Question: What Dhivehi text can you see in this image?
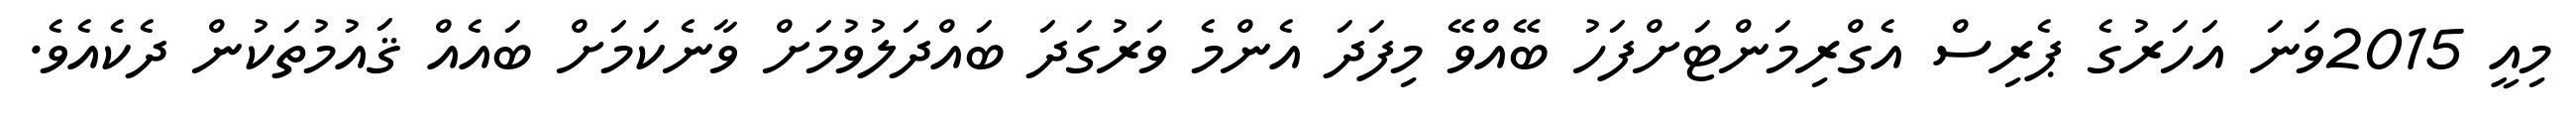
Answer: މިއީ 2015ވަނަ އަހަރުގެ ޕެރިސް އެގްރިމަންޓަށްފަހު ބޭއްވޭ މިފަދަ އެންމެ ވަރުގަދަ ބައްދަލުވުމަށް ވާނެކަމަށް ބައެއް ޤައުމުތަކުން ދެކެއެވެ.